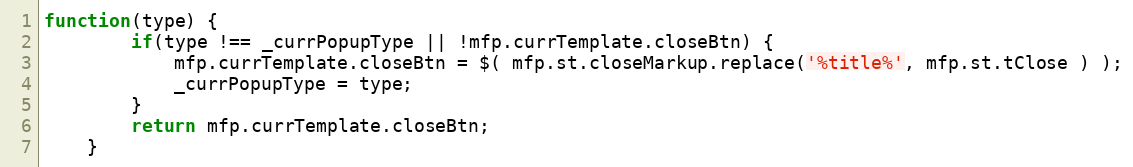
Language: JavaScript
function(type) {
		if(type !== _currPopupType || !mfp.currTemplate.closeBtn) {
			mfp.currTemplate.closeBtn = $( mfp.st.closeMarkup.replace('%title%', mfp.st.tClose ) );
			_currPopupType = type;
		}
		return mfp.currTemplate.closeBtn;
	}